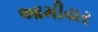
આમીયર